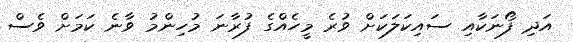
އަދި ފޯނަކާއި ސައިކަލަކަށް ވުރެ މީހެއްގެ ފުރާނަ މުހިންމު ވާނެ ކަމަށް ވެސް